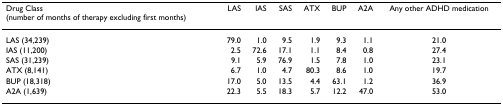
<table><thead><tr><td><b>Drug Class(number of months of therapy excluding first months)</b></td><td><b>LAS</b></td><td><b>IAS</b></td><td><b>SAS</b></td><td><b>ATX</b></td><td><b>BUP</b></td><td><b>A2A</b></td><td><b>Any other ADHD medication</b></td></tr></thead><tbody><tr><td>LAS (34,239)</td><td>79.0</td><td>1.0</td><td>9.5</td><td>1.9</td><td>9.3</td><td>1.1</td><td>21.0</td></tr><tr><td>IAS (11,200)</td><td>2.5</td><td>72.6</td><td>17.1</td><td>1.1</td><td>8.4</td><td>0.8</td><td>27.4</td></tr><tr><td>SAS (31,239)</td><td>9.1</td><td>5.9</td><td>76.9</td><td>1.5</td><td>7.8</td><td>1.0</td><td>23.1</td></tr><tr><td>ATX (8,141)</td><td>6.7</td><td>1.0</td><td>4.7</td><td>80.3</td><td>8.6</td><td>1.0</td><td>19.7</td></tr><tr><td>BUP (18,318)</td><td>17.0</td><td>5.0</td><td>13.5</td><td>4.4</td><td>63.1</td><td>1.2</td><td>36.9</td></tr><tr><td>A2A (1,639)</td><td>22.3</td><td>5.5</td><td>18.3</td><td>5.7</td><td>12.2</td><td>47.0</td><td>53.0</td></tr></tbody></table>